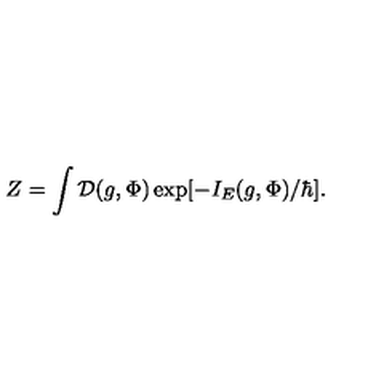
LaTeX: Z = \int { \cal D } ( g , \Phi ) \exp [ - I _ { E } ( g , \Phi ) / \hbar ] .